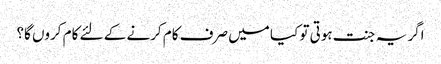
اگر یہ جنت ہوتی تو کیا میں صرف کام کرنے کے لئے کام کروں گا؟